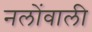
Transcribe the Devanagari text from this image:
नलोंवाली